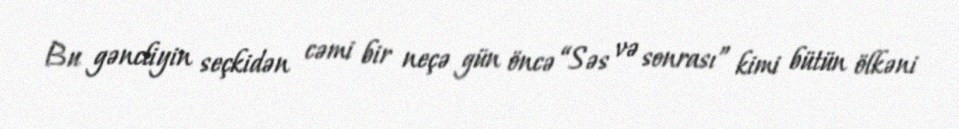
Bu gəncliyin seçkidən cəmi bir neçə gün öncə “Səs və sonrası” kimi bütün ölkəni